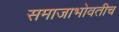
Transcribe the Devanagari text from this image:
समाजाभोवतीच